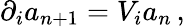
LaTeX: \partial_{i}a_{n+1}=V_{i}a_{n}\, ,